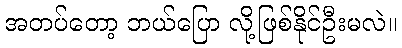
အတပ်တော့ ဘယ်ပြော လို့ဖြစ်နိုင်ဦးမလဲ။